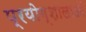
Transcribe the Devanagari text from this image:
प्रयोग्शालाओं